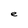
Character: e